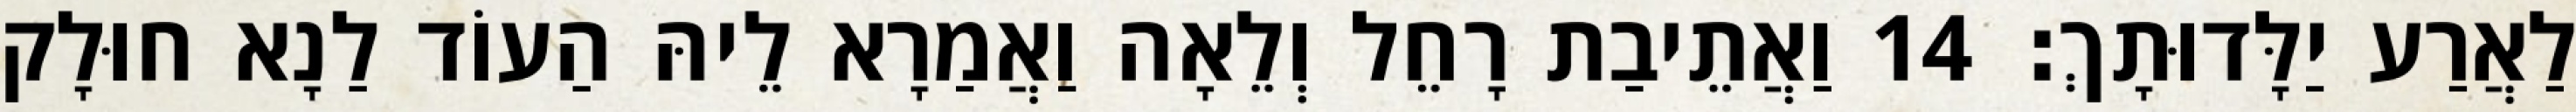
לַאֲרַע יַלָּדוּתָךְ׃ 14 וַאֲתֵיבַת רָחֵל וְלֵאָה וַאֲמַרָא לֵיהּ הַעוֹד לַנָא חוּלָק